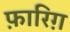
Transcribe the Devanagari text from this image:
फ़ारिग़